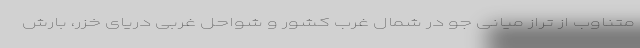
متناوب از تراز میانی جو در شمال غرب کشور و شواحل غربی دریای خزر، بارش